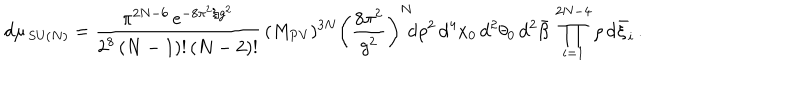
\mathrm { d } \mu _ { \, \mathrm { S U } ( N ) } = \frac { \pi ^ { 2 N - 6 } \, e ^ { - 8 \pi ^ { 2 } / g ^ { 2 } } } { 2 ^ { 8 } \, ( N - 1 ) ! \, ( N - 2 ) ! } \, ( M _ { \mathrm { P V } } ) ^ { 3 N } \left( \frac { 8 \pi ^ { 2 } } { g ^ { 2 } } \right) ^ { N } \! \! \mathrm { d } \rho ^ { 2 } \, \mathrm { d } ^ { 4 } x _ { 0 } \, \mathrm { d } ^ { 2 } \theta _ { 0 } \, \mathrm { d } ^ { 2 } \bar { \beta } \, \prod _ { i = 1 } ^ { 2 N - 4 } \rho \, \mathrm { d } \bar { \xi } _ { i } \, .